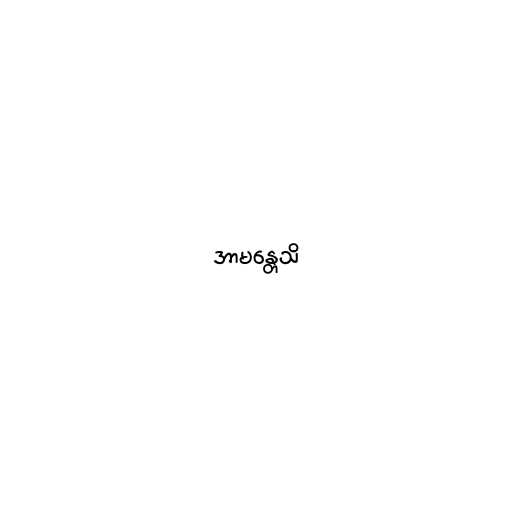
အာမန္တေသိ